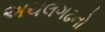
અચલગઢનો